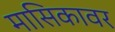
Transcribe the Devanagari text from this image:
मासिकावर